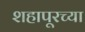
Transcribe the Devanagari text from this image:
शहापूरच्या